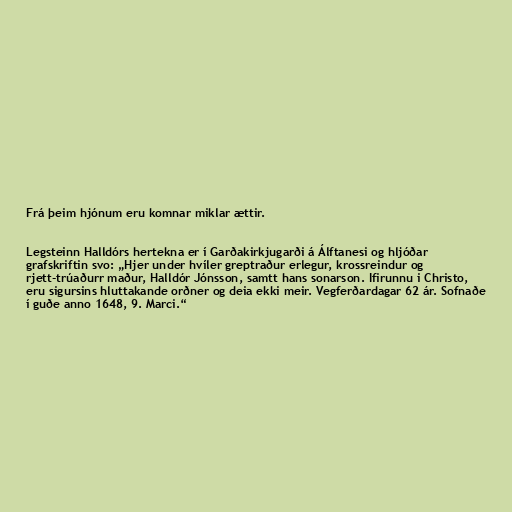
Frá þeim hjónum eru komnar miklar ættir.

Legsteinn Halldórs hertekna er í Garðakirkjugarði á Álftanesi og hljóðar
grafskriftin svo: „Hjer under hvíler greptraður erlegur, krossreindur og
rjett-trúaðurr maður, Halldór Jónsson, samtt hans sonarson. Ifirunnu i Christo,
eru sigursins hluttakande orðner og deia ekki meir. Vegferðardagar 62 ár. Sofnaðe
í guðe anno 1648, 9. Marci.“